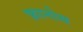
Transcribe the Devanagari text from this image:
फ़ानोस